Plague in India, 1896, 1897 - Volume 3
Year: 1896
Disease focus: Plague
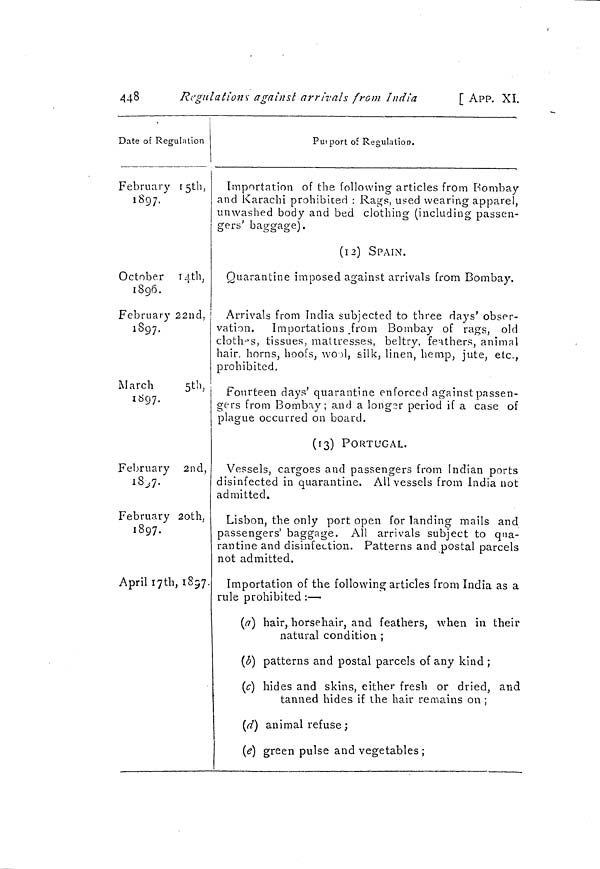
448
Regulations against arrivals from India
[ APP. XI.
Date of Regulation
February 15tb,
1897."
October 14th,
1896.
February 22nd,
1897.
March
5th,
1097.
February 2nd,
1897
February 20th,
1897-
April 17 th, 1897.
Purport oí Regulation.
Importation of the following articles from Bombay
and Karachi prohibited : Rags, used wearing apparel,
unwashed body and bed clothing (including passen-
gers' baggage).
(12) SPAIN.
Quarantine imposed against arrivals from Bombay.
Arrivals from India subjected to three days' obser-
vation. Importations from Bombay of rags, old
clothes, tissues, mattresses, beltry, feathers, animal
hair, horns, hoofs, wo )1, silk, linen, hemp, jute, etc.,
prohibited.
Fourteen days' quarantine enforced against passen-
gers from Bombay; and a longer period if a case of
plague occurred on board.
(13) PORTUGAL.
Vessels, cargoes and passengers from Indian ports
disinfected in quarantine. All vessels from India not
admitted.
Lisbon, the only port open for landing mails and
passengers' baggage. All arrivals subject to qua-
rantine and disinfection. Patterns and postal parcels
not admitted.
Importation of the following articles from India as a
rule prohibited : —
(a) hair, horsehair, and feathers, when in their
natural condition ;
(b) patterns and postal parcels of any kind ;
(c) hides and skins, either fresh or dried, and
tanned hides if the hair remains on ;
(d) animal refuse ;
(e) green pulse and vegetables ;